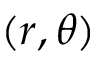
( r , \theta )